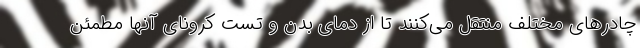
چادرهای مختلف منتقل می‌کنند تا از دمای بدن و تست کرونای آنها مطمئن